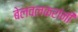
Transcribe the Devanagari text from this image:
बेलवलकरांनी